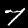
Digit: 7